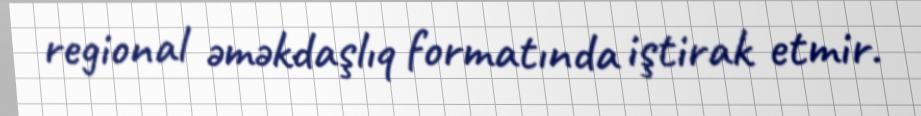
regional əməkdaşlıq formatında iştirak etmir.